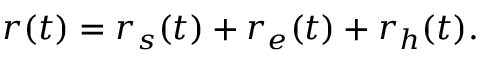
r ( t ) = r _ { s } ( t ) + r _ { e } ( t ) + r _ { h } ( t ) .